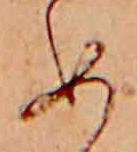
め